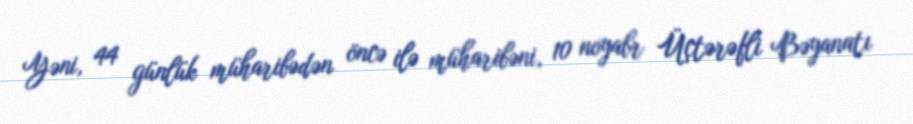
Yəni, 44 günlük müharibədən öncə ilə müharibəni, 10 noyabr Üçtərəfli Bəyanatı